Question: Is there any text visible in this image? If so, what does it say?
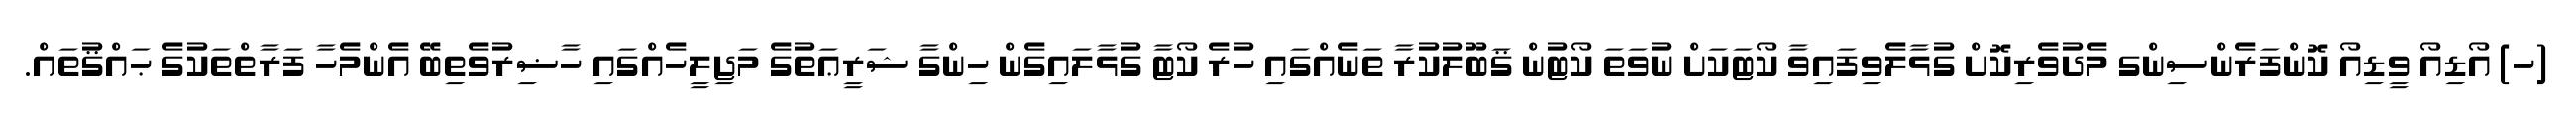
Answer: (ހ) އޯޑިއޯ ވީޑިއޯ ކޮންފަރެންސިންގ މެދުވެރިކޮށް ގުޅާލެވިފައިވާ ކޯޓަކަށް ނުވަތަ ކޯޓުން ޤަބޫލުކުރާ ތަނެއްގައި ހުރެ ކޯޓާ ގުޅާލައިގެން ހިންގާ ޝަރީޢަތުގެ މަޖިލީހެއްގައި ހާޟިރުވެތިބޭ އެންމެހާ ފަރާތްތަކުގެ ޙައްޤުތައް.